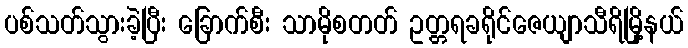
ပစ်သတ်သွားခဲ့ပြီး ခြောက်စီး သာမိုစတတ် ဥတ္တရခရိုင်ဇေယျာသီရိမြို့နယ်